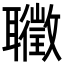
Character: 𦘇